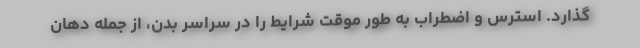
گذارد. استرس و اضطراب به طور موقت شرایط را در سراسر بدن، از جمله دهان